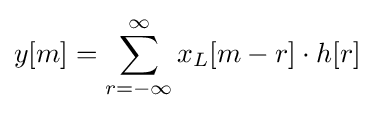
y[m]=\sum _{r=-\infty }^{\infty }x_{L}[m-r]\cdot h[r]